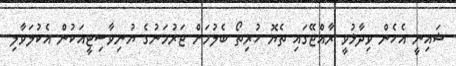
ޝައިނީ އެހެން ވިދާޅުވީ ރާއްޖޭގައި ތެޔޮ ހުރިތޯ ބެލުމަށް ޖަރުމަނުގެ ޔުނިވާސިޓީއަކުން އެކުލަވާލި